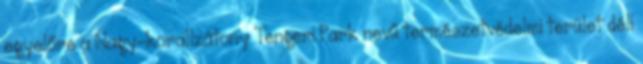
egyelőre a Nagy-korallzátony Tengeri Park nevű természetvédelmi terület déli